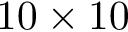
1 0 \times 1 0